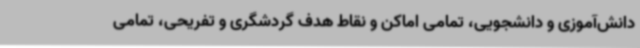
دانش‌آموزی و دانشجویی، تمامی اماکن و نقاط هدف گردشگری و تفریحی، تمامی